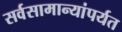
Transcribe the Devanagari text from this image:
सर्वसामान्यांपर्यत